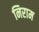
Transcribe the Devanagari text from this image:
निराम